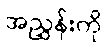
အညွှန်းကို